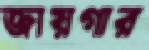
জায়গার